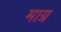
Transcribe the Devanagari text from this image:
माग्र